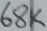
Text: 68K